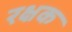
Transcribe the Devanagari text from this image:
रक्षक